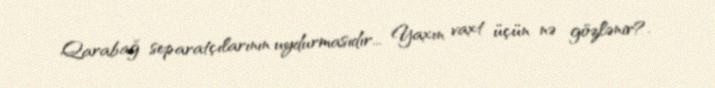
Qarabağ separatçılarının uydurmasıdır... Yaxın vaxt üçün nə gözlənir?.